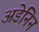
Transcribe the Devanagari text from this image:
अडेनिन